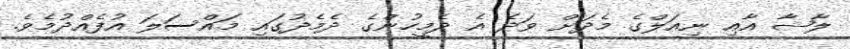
ލާޝާ އާއި ނިއަލްގެ މެދަށް ވަދެ އެ ދެމީހުންގެ ދެމެދުގައި މައްސަލަ އުފެއްދުމެވެ.